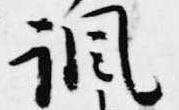
諷